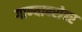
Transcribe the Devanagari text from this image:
गाण्याबरोबर